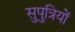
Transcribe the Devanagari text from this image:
सुपुत्रियों